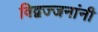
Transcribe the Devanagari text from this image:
विद्वज्जनांनी